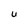
Character: U